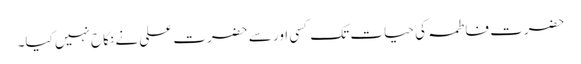
حضرت فاطمہ کی حیات تک کسی اور سے حضرت علی نے نکاح نہیں کیا۔